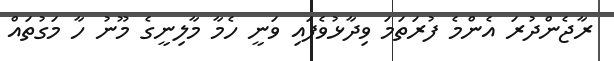
ރާޖެންދުރަ އެންމެ ފުރަތަމަ ވިދާޅުވެފައި ވަނީ ހެމާ މާލިނީގެ މޫނު ހާ މަގުތައް